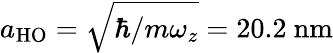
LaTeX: a_{\mathrm{{HO}}}=\sqrt{\hbar/m\omega_{z}}=20.2~\mathrm{{nm}}